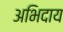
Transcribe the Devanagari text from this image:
अभिदाय